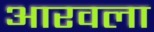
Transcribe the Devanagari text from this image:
आरवला